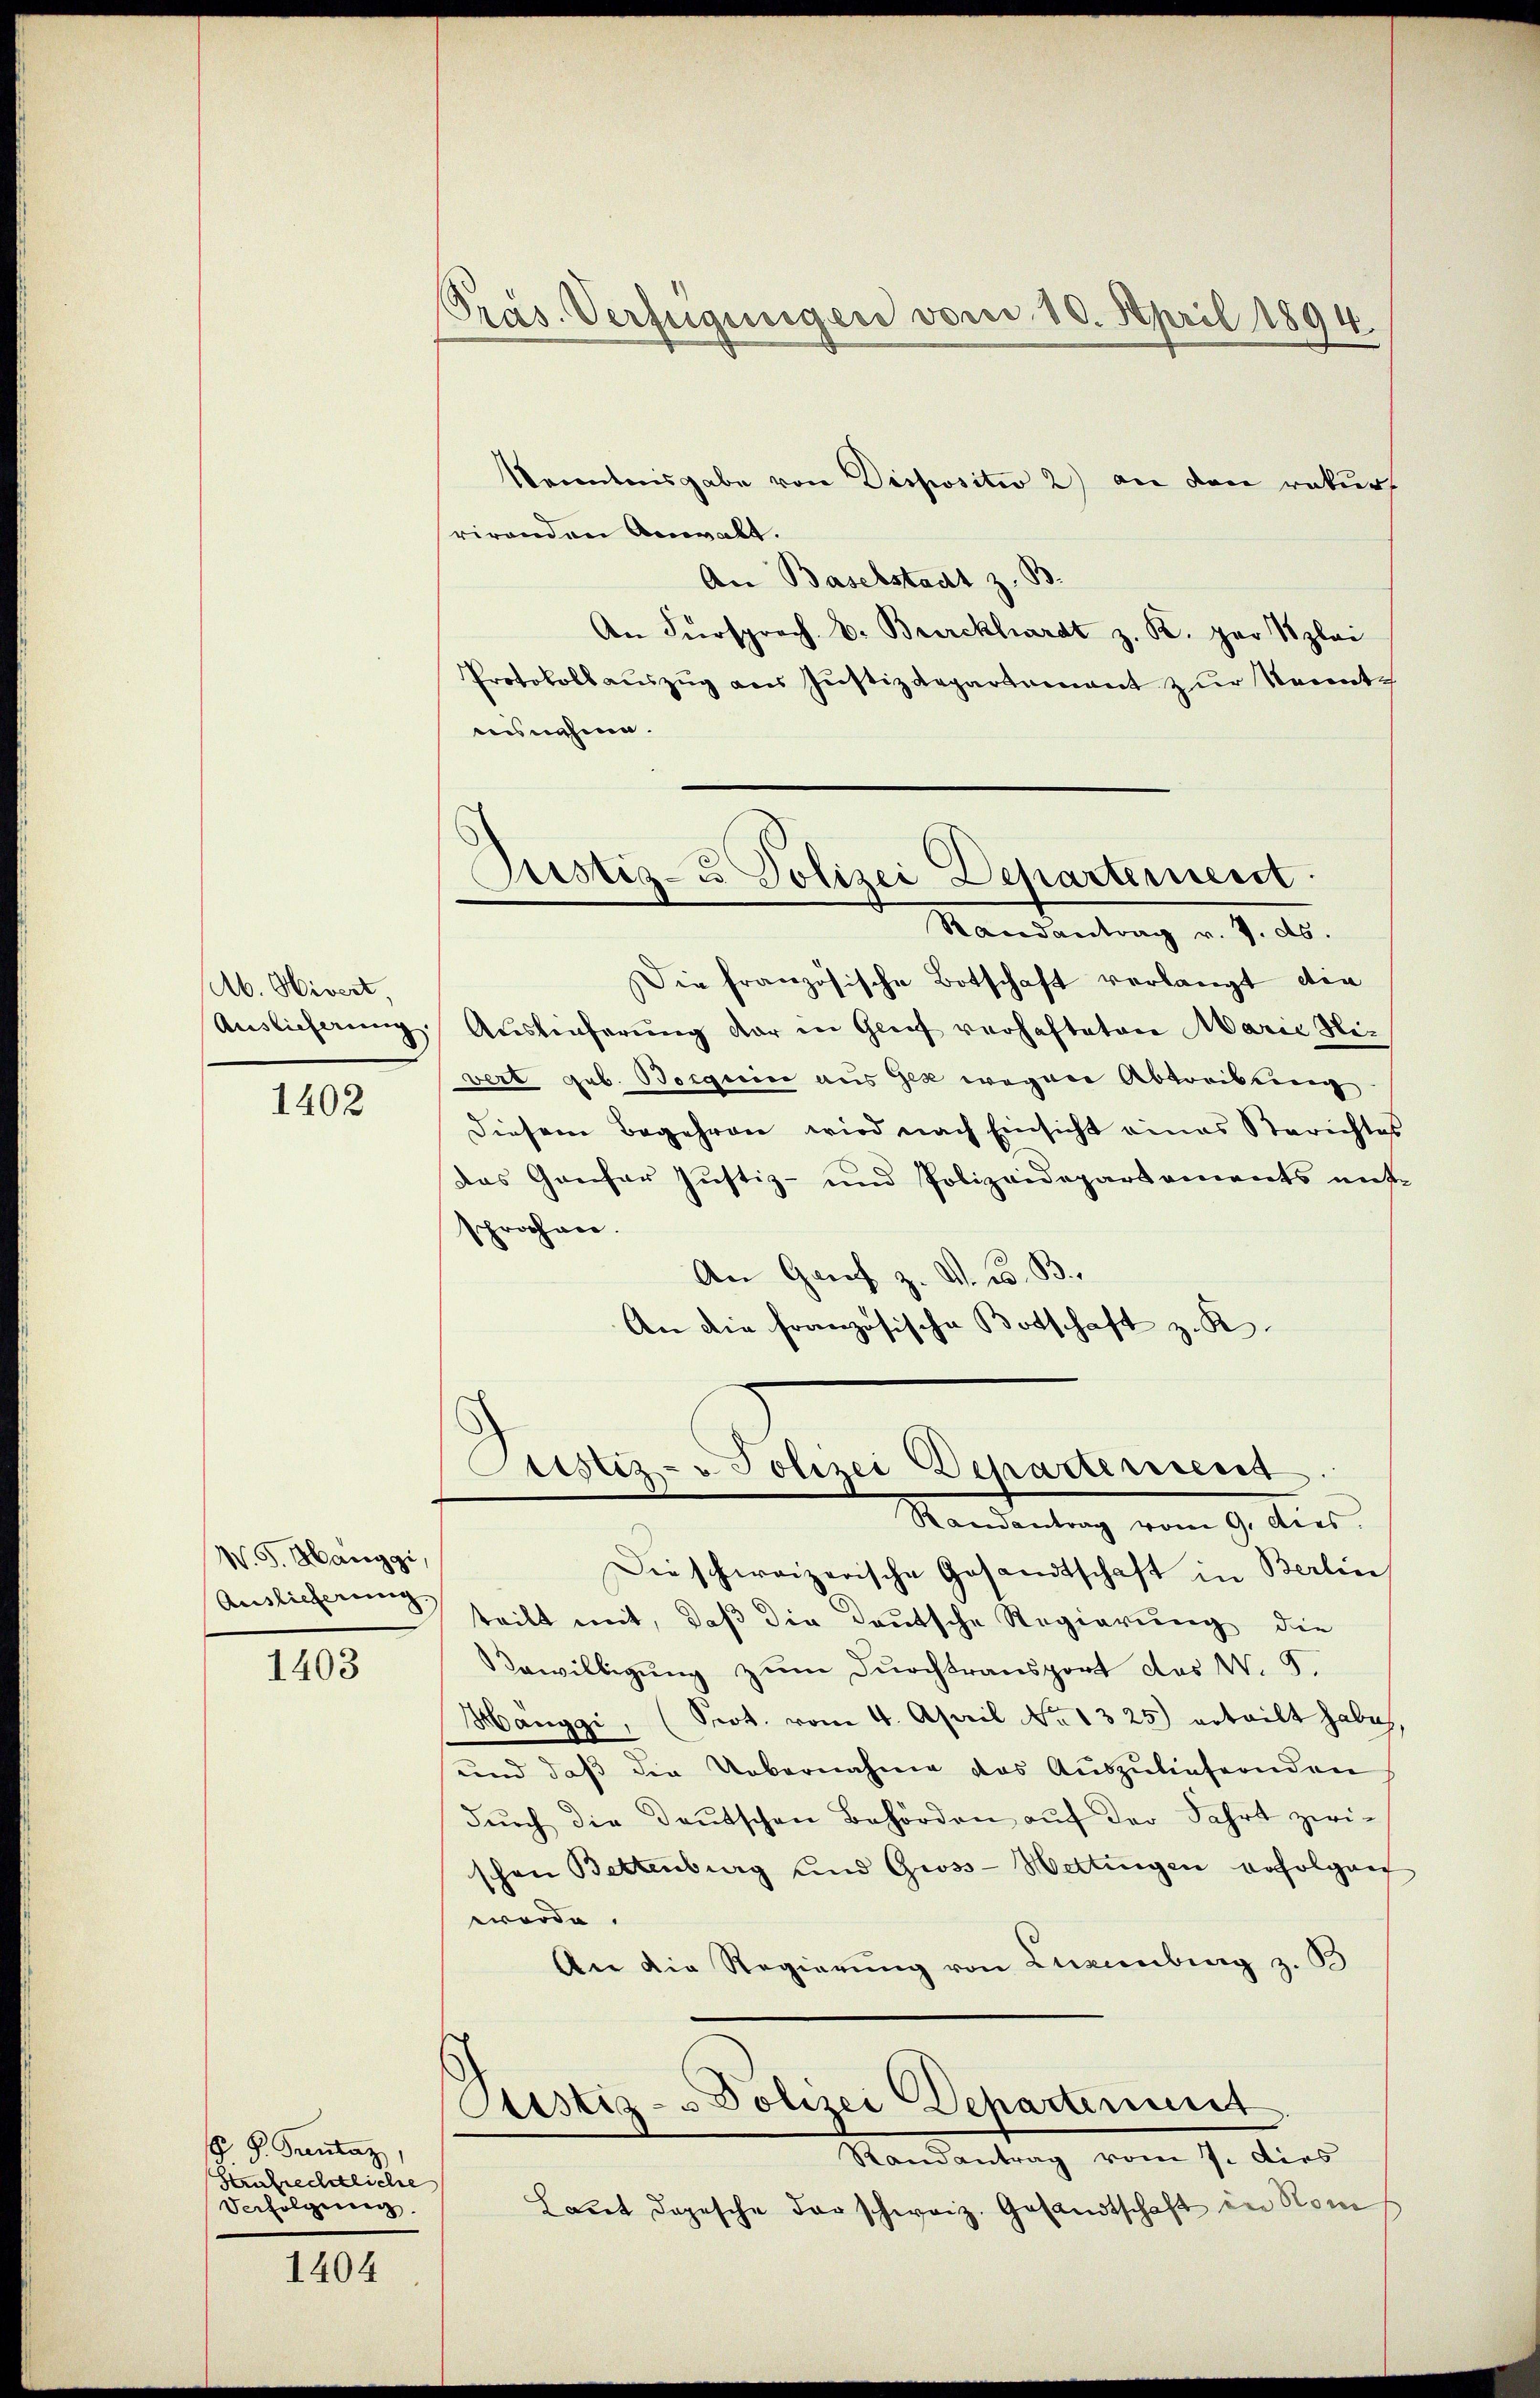
Ab. Wivert
Auslieferung

1402

W. G. Hanggi,
Auslieferung

1403

S. Grentaz
Strafrechtliche
Verfolgung

1404

Präs. Verfügungen vom 10. April 1894.

Kenntnisgabe von Dispositiv 2) an den rekurs
rirenden Anwalt.
An Baselstadt z. B.
An Fürsprach d. Burckhardt z. R. per Szlai
Protokollaŭszŭg ans Justizdepartement zur Kenntaisnahme.

Justiz- u Polizei Departement.
Randantrag v. 7. ds.

Die französische Botschaft verlangt die
Auslieferung vor in Grief verhafteten Marie Nivert geb. Bocquis aus Gek wegen Abtreibung
Diesem Begehren wird nach Einsicht eines Berichtes
das Ganfer Justiz- und Polizeidepartements ent-
sprochen.
An Genf z. V. C. B.
An die französische Botschaft z. K.

ustiz- & Polizei Departerrent
Randantrag vom 9. dies

Die schweizerische Gesandtschaft in Berlin
teilt mit, daß die Deutsche Regierung die
Bewilligung zum Durchtransport des W. 5.
Hanggi, (Seot. vom 4. April No 1325) erteilt habes,
und daβ die Uebernahme das Aŭszŭliefernden
dŭrch die Deutschen Behörden aŭf der Fahrt zwischon Bettenburg und Gross- Wettingen erfolgen
werde.
An die Regierung von Luxenberg z. B
Sistiz- & Polizei Dehartement
Randantrag vom 9. dies
Laut dopesche der schweiz. Gesandtschaft in Nom